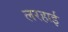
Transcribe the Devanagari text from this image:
लरहाई